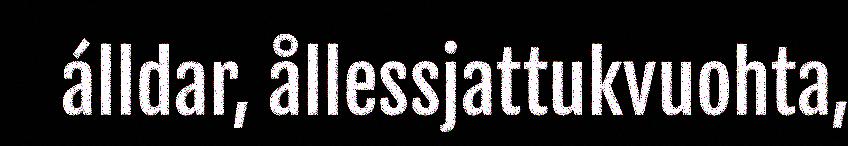
álldar, ållessjattukvuohta,